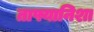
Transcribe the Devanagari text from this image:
ताफ्यानिशा